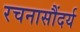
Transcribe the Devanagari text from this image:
रचनासौंदर्य